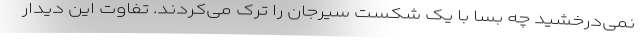
نمی‌درخشید چه بسا با یک شکست سیرجان را ترک می‌کردند. تفاوت این دیدار